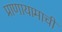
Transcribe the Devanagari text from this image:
प्राणायामाची